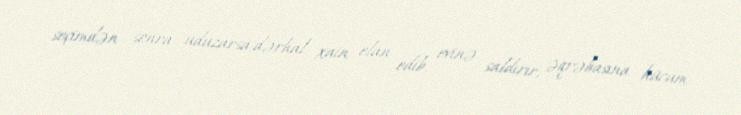
seçimdən sonra uduzarsa,dərhal xain elan edib, evinə saldırır, əqrəbasına hücum